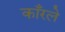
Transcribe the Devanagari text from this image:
काँरले